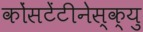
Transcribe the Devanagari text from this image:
कोंसटेंटीनेस्क्यु